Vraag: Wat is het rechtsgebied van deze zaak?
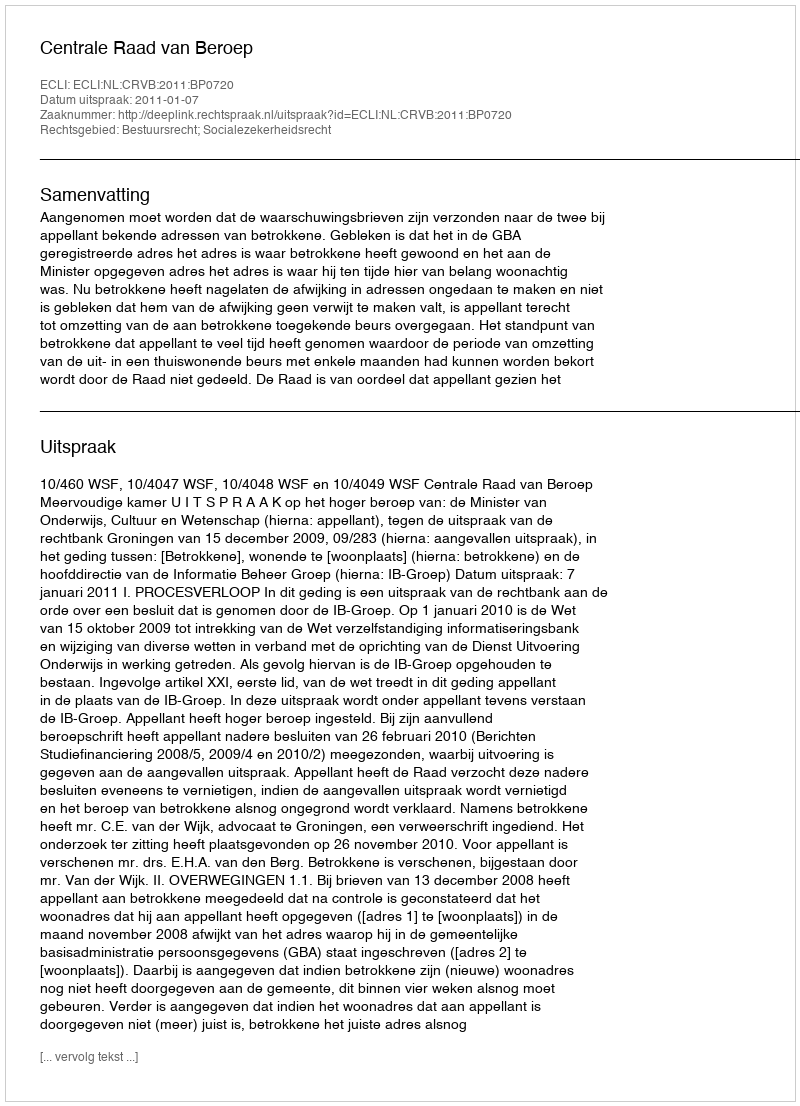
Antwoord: Bestuursrecht; Socialezekerheidsrecht